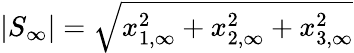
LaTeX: |S_{\mathrm{\infty}}|=\sqrt{x_{1,\mathrm{\infty}}^{2}+x_{2,\mathrm{\infty}}^{2}+x_{3,\mathrm{\infty}}^{2}}